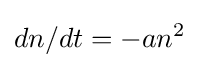
dn/dt=-an^{2}